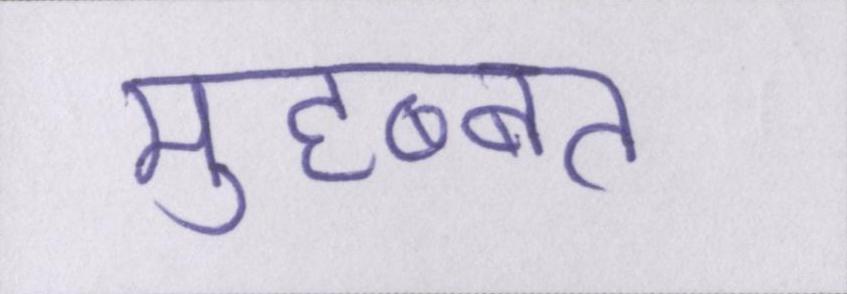
मुहब्बत